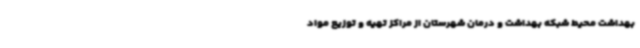
بهداشت محیط شبکه بهداشت و درمان شهرستان از مراکز تهیه و توزیع مواد